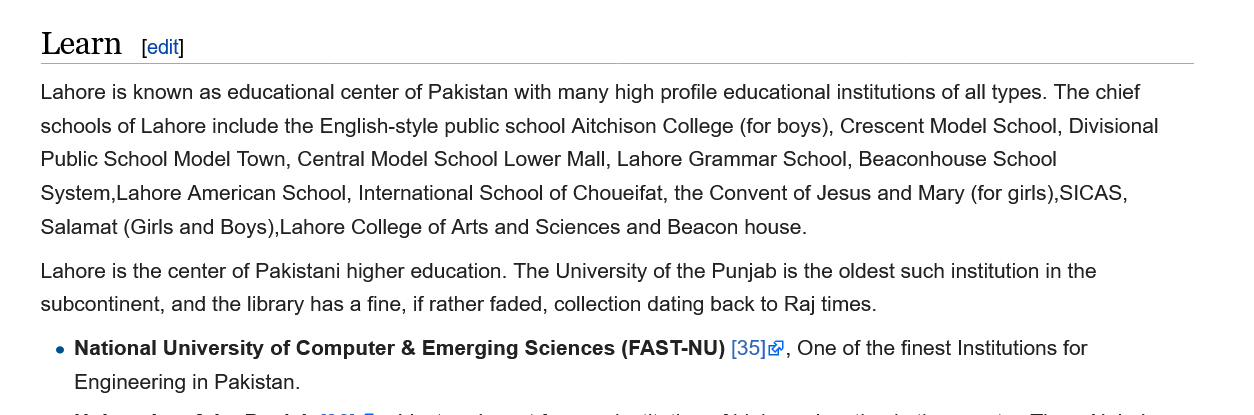
Learn    [edit]
    Lahore is known as educational center of Pakistan with many high profile educational institutions of all types. The chief
    schools of Lahore include the English-style public school Aitchison College (for boys), Crescent Model School, Divisional
    Public School Model Town, Central Model School Lower Mall, Lahore Grammar School, Beaconhouse School
    System,Lahore American School, International School of Choueifat, the Convent of Jesus and Mary (for girls),SICAS,
    Salamat (Girls and Boys),Lahore College of Arts and Sciences and Beacon house.
    Lahore is the center of Pakistani higher education. The University of the Punjab is the oldest such institution in the
    subcontinent, and the library has
    a
     fine, if rather faded, collection dating back to Raj times.
     e National University of Computer & Emerging Sciences (FAST-NU) [35]', One of the finest Institutions for
     Engineering in Pakistan.